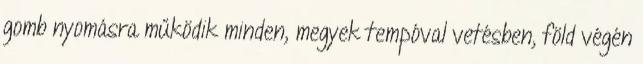
gomb nyomásra működik minden, megyek tempóval vetésben, föld végén